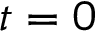
t = 0